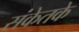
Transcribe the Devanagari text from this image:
संकेतके